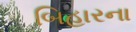
બિહારના